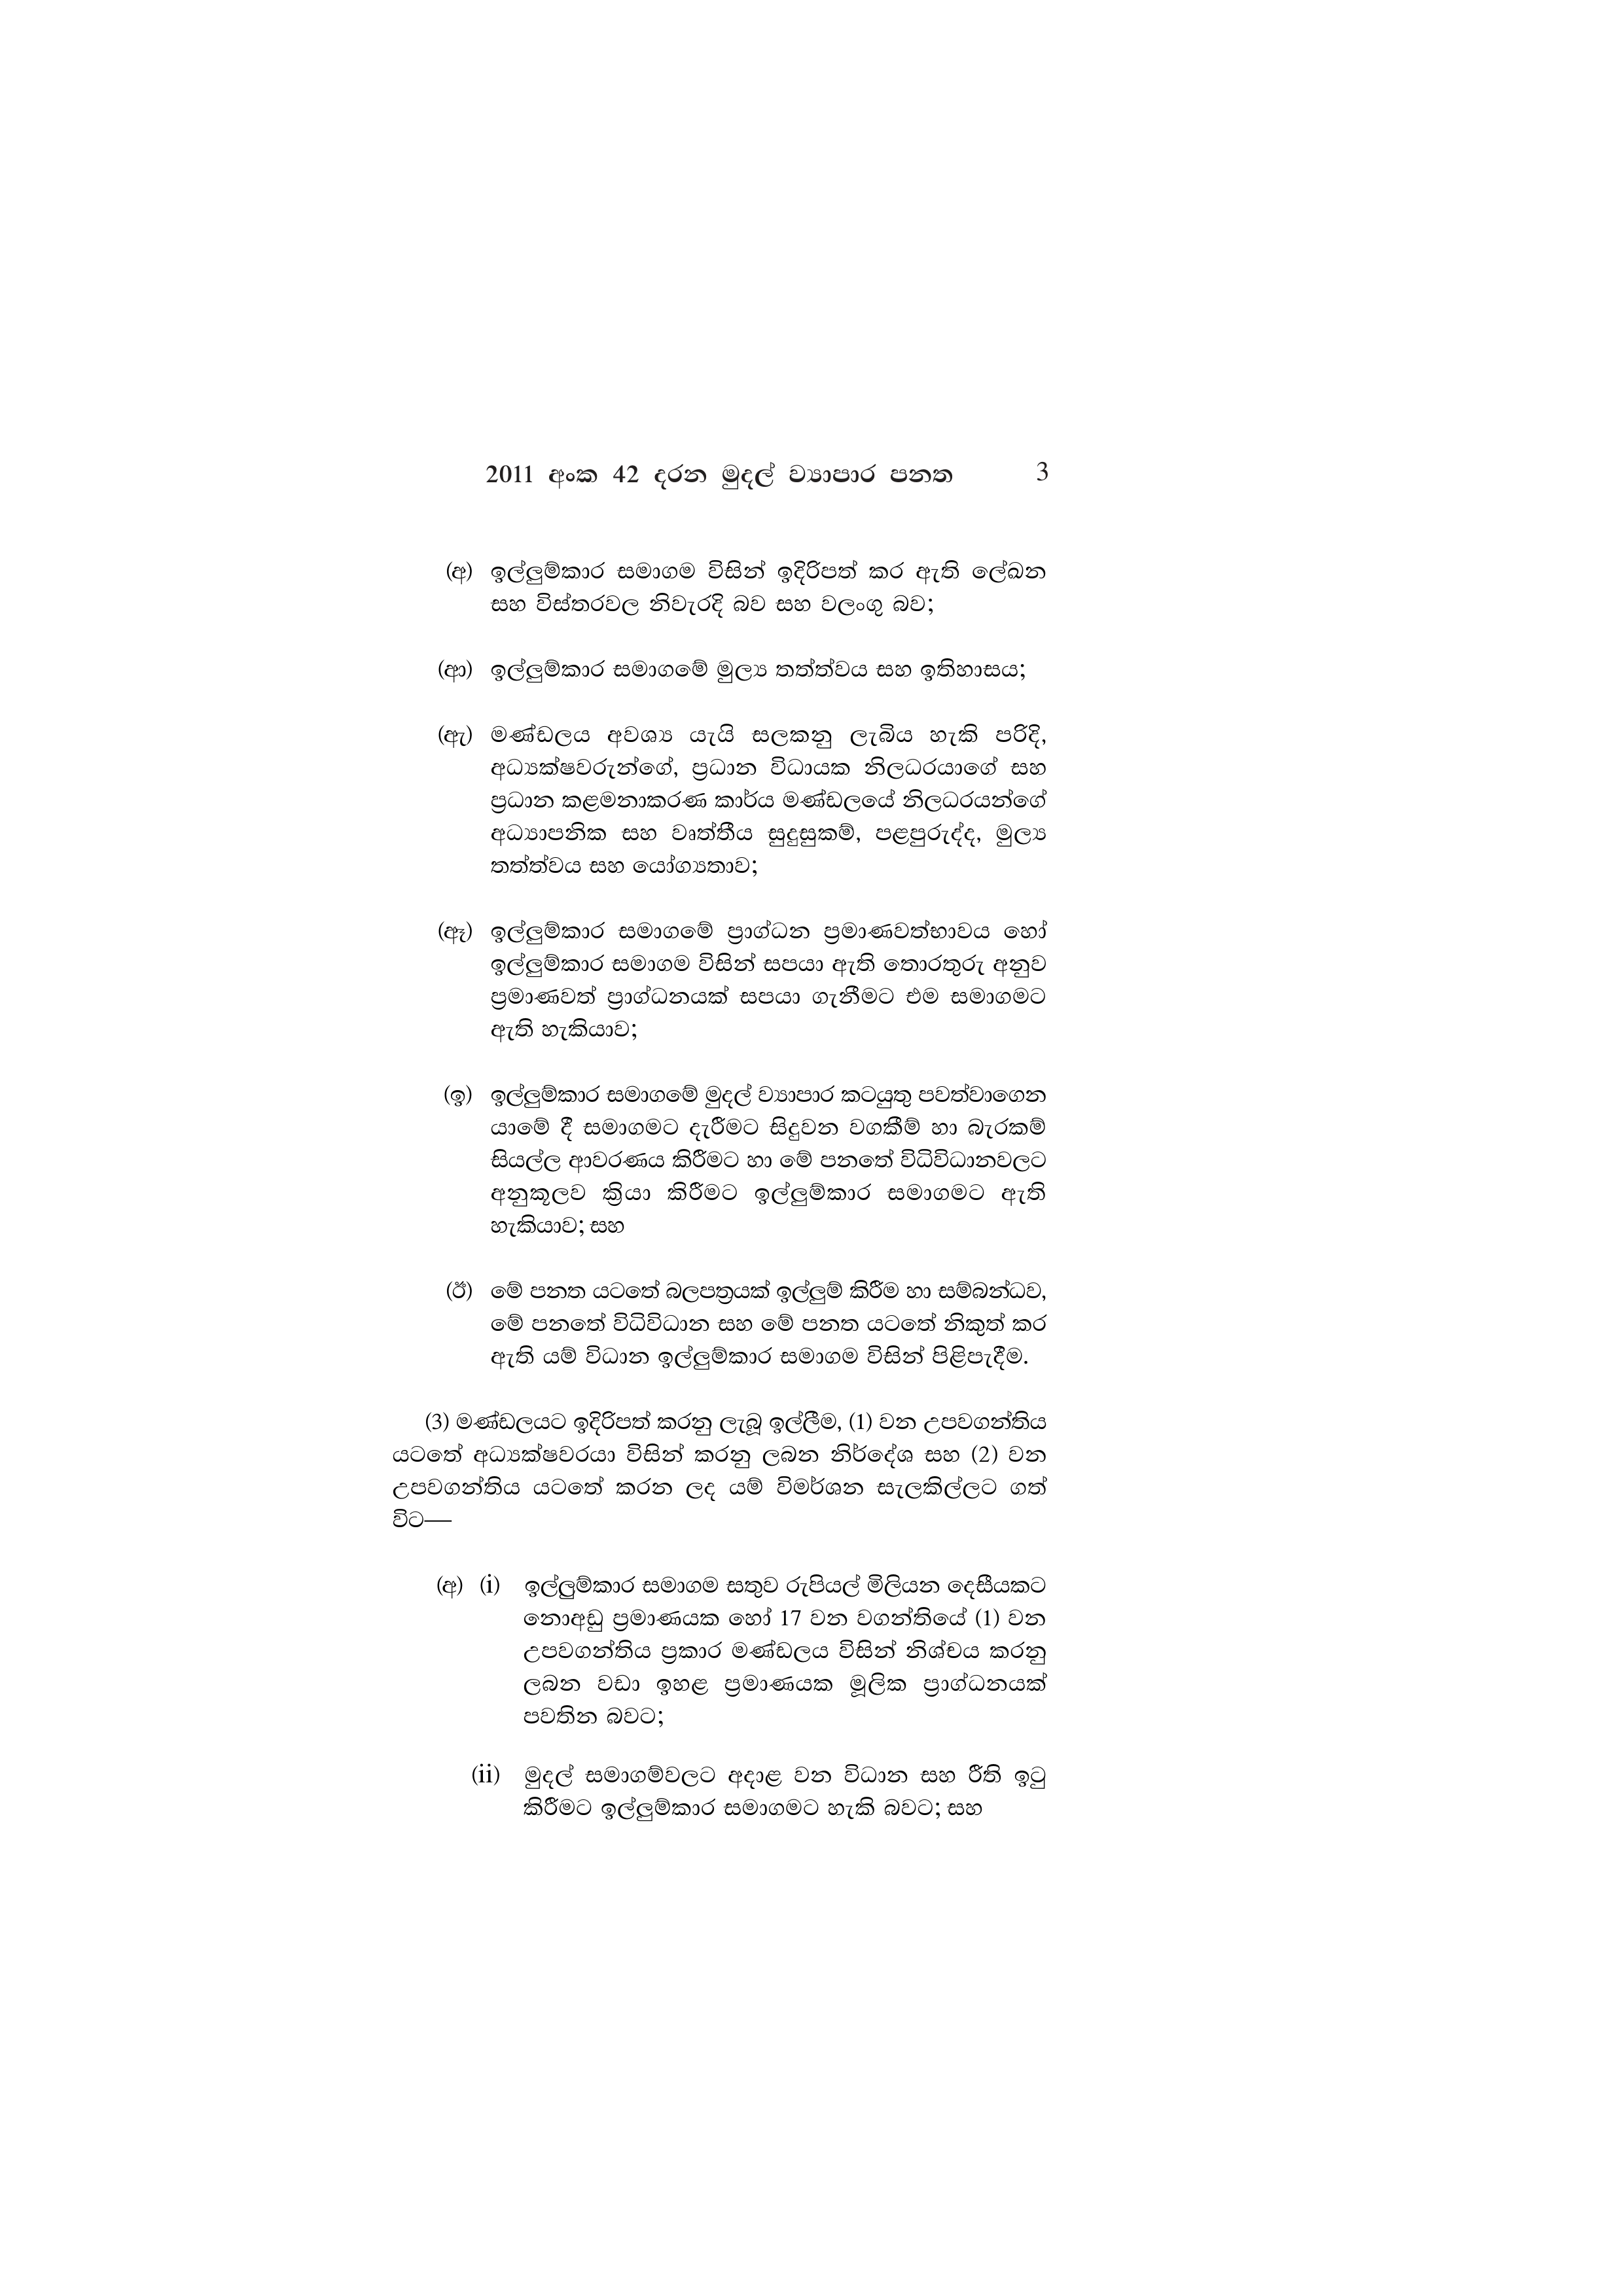
2011 අංක 42 දරන මුදල් ව්‍යාපාර පනත 3

(අ) ඉල්ලුම්කාර සමාගම විසින් ඉදිරිපත් කර ඇති ලේඛන
සහ විස්තරවල නිවැරදි බව සහ වලංගු බව;

(ආ) ඉල්ලුම්කාර සමාගමේ මුල්‍ය තත්ත්වය සහ ඉතිහාසය;

(ඇ) මණ්ඩලය අවශ්‍ය යැයි සලකනු ලැබිය හැකි පරිදි,
අධ්‍යක්ෂවරුන්ගේ, ප්‍රධාන විධායක නිලධරයාගේ සහ
ප්‍රධාන කළමනාකරණ කාර්ය මණ්ඩලයේ නිලධරයන්ගේ
අධ්‍යාපනික සහ වෘත්තීය සුදුසුකම්, පළපුරුද්ද, මුල්‍ය
තත්ත්වය සහ යෝග්‍යතාව;

(ඈ) ඉල්ලුම්කාර සමාගමේ ප්‍රාග්ධන ප්‍රමාණවත්භාවය හෝ
ඉල්ලුම්කාර සමාගම විසින් සපයා ඇති තොරතුරු අනුව
ප්‍රමාණවත් ප්‍රාග්ධනයක් සපයා ගැනීමට එම සමාගමට
ඇති හැකියාව;

(ඉ) ඉල්ලුම්කාර සමාගමේ මුදල් ව්‍යාපාර කටයුතු පවත්වාගෙන
යාමේ දී සමාගමට දැරීමට සිදුවන වගකීම් හා බැරකම්
සියල්ල ආවරණය කිරීමට හා මේ පනතේ විධිවිධානවලට
අනුකූලව ක්‍රියා කිරීමට ඉල්ලුම්කාර සමාගමට ඇති
හැකියාව; සහ

(ඊ) මේ පනත යටතේ බලපත්‍රයක් ඉල්ලුම් කිරීම හා සම්බන්ධව,
මේ පනතේ විධිවිධාන සහ මේ පනත යටතේ නිකුත් කර
ඇති යම් විධාන ඉල්ලුම්කාර සමාගම විසින් පිළිපැදීම.

(3) මණ්ඩලයට ඉදිරිපත් කරනු ලැබූ ඉල්ලීම, (1) වන උපවගන්තිය
යටතේ අධ්‍යක්ෂවරයා විසින් කරනු ලබන නිර්දේශ සහ (2) වන
උපවගන්තිය යටතේ කරන ලද යම් විමර්ශන සැලකිල්ලට ගත්
විට—

(අ) (i) ඉල්ලුම්කාර සමාගම සතුව රුපියල් මිලියන දෙසීයකට
නොඅඩු ප්‍රමාණයක හෝ 17 වන වගන්තියේ (1) වන
උපවගන්තිය ප්‍රකාර මණ්ඩලය විසින් නිශ්චය කරනු
ලබන වඩා ඉහළ ප්‍රමාණයක මූලික ප්‍රාග්ධනයක්
පවතින බවට;

(ii) මුදල් සමාගම්වලට අදාළ වන විධාන සහ රීති ඉටු
කිරීමට ඉල්ලුම්කාර සමාගමට හැකි බවට; සහ